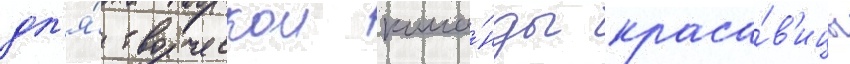
дл'я́ творческои кома́нды краса́в'ицы